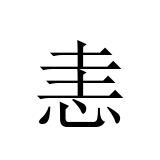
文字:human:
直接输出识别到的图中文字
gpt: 恚